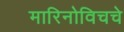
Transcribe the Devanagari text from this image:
मारिनोविचचे